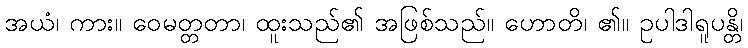
အယံ၊ ကား။ ဝေမတ္တတာ၊ ထူးသည်၏ အဖြစ်သည်။ ဟောတိ၊ ၏။ ဥပါဒါရူပန္တိ၊